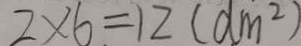
2 \times 6 = 1 2 ( d m ^ { 2 } )